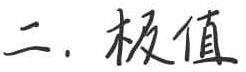
二. 极值